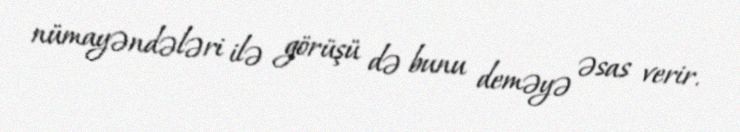
nümayəndələri ilə görüşü də bunu deməyə əsas verir.